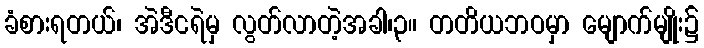
ခံစားရတယ်၊ အဲဒီငရဲမှ လွတ်လာတဲ့အခါ၊၃။ တတိယဘဝမှာ မျောက်မျိုး၌